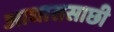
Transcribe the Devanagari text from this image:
आधारासाछी